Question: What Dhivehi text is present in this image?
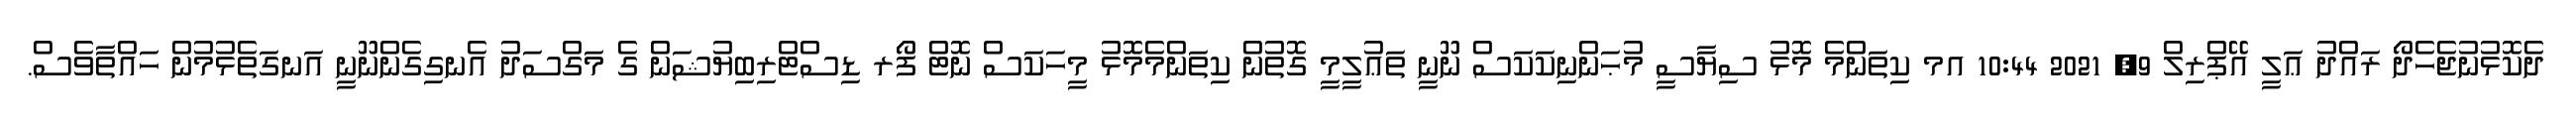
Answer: ދެކޮޅުނުޖެހެދޯ ރައްދު ޢަލީ އޭޕްރިލް 9, 2021 10:44 އމ ކިތަންމެ މޮޅު ސިޔާސީ މުޙަންނިކަކަސް ނޫނީ ތަޢުލީމީ ގޮތުން ކިތަންމެމޮޅު މީހަކަސް ނޮޓް ފޯރ ޑިސްޓްރިބިޔުޝަން ގެ މަގްސަދު އެނގިގެންނޫނީ އަނގަތެޅުމުން ހައްތާވެސް.